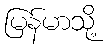
မြန်မာသို့